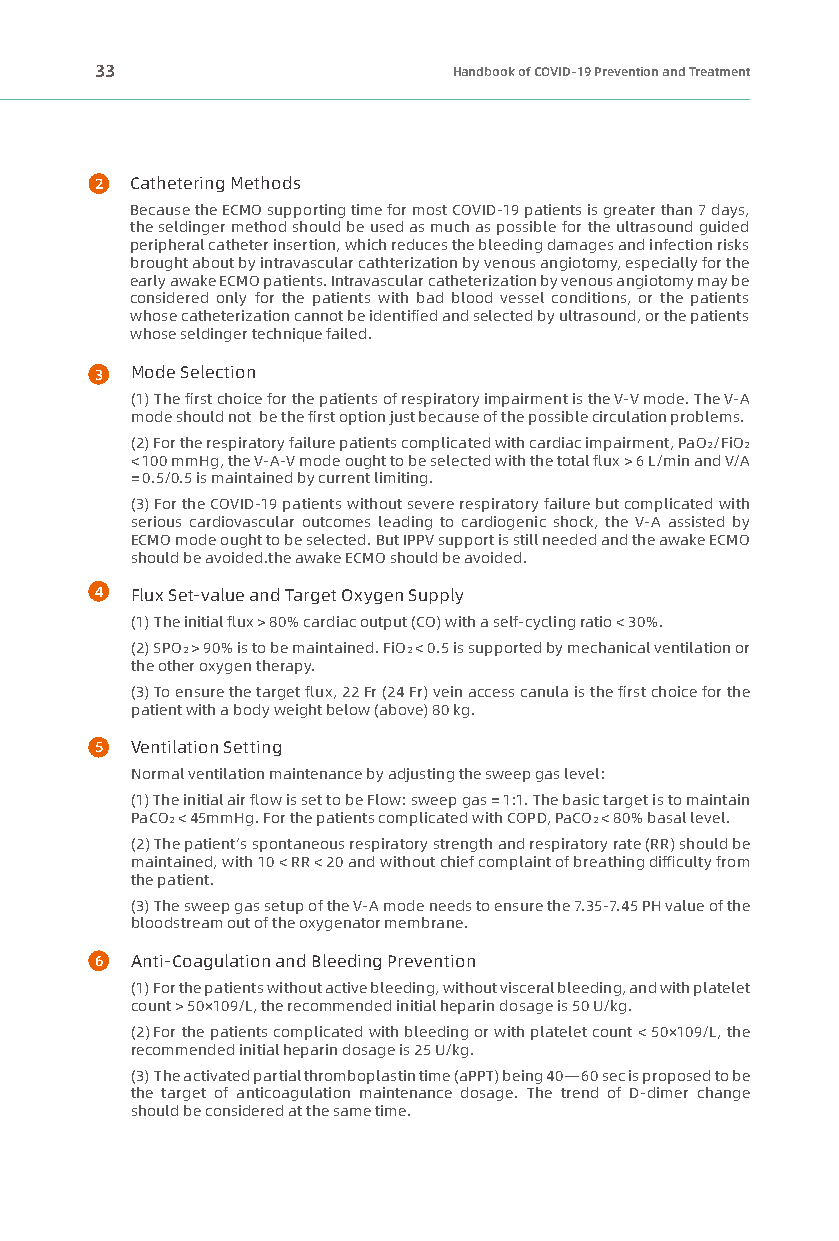
33                      Handbook of COVID-19 Prevention and Treatment
 2  Cathetering Methods
 Because the ECMO supporting time for most COVID-19 patients is greater than 7 days,
 the seldinger method should be used as much as possible for the ultrasound guided
 peripheral catheter insertion, which reduces the bleeding damages and infection risks
 brought about by intravascular cathterization by venous angiotomy, especially for the
 early awake ECMO patients. Intravascular catheterization by venous angiotomy may be
 considered only for the patients with bad blood vessel conditions, or the patients
 whose catheterization cannot be identified and selected by ultrasound, or the patients
 whose seldinger technique failed.
 3  Mode Selection
 (1) The first choice for the patients of respiratory impairment is the V-V mode. The V-A
 mode should not be the first option just because of the possible circulation problems.
 (2) For the respiratory failure patients complicated with cardiac impairment, PaO2/FiO2
 < 100 mmHg, the V-A-V mode ought to be selected with the total flux > 6 L/min and V/A
 = 0.5/0.5 is maintained by current limiting.
 (3) For the COVID-19 patients without severe respiratory failure but complicated with
 serious cardiovascular outcomes leading to cardiogenic shock, the V-A assisted by
 ECMO mode ought to be selected. But IPPV support is still needed and the awake ECMO
 should be avoided.the awake ECMO should be avoided.
 4  Flux Set-value and Target Oxygen Supply
 (1) The initial flux > 80% cardiac output (CO) with a self-cycling ratio < 30%.
 (2) SPO2 > 90% is to be maintained. FiO2 < 0.5 is supported by mechanical ventilation or
 the other oxygen therapy.
 (3) To ensure the target flux, 22 Fr (24 Fr) vein access canula is the first choice for the
 patient with a body weight below (above) 80 kg.
 5  Ventilation Setting
 Normal ventilation maintenance by adjusting the sweep gas level：
 (1) The initial air flow is set to be Flow: sweep gas = 1:1. The basic target is to maintain
 PaCO2 < 45mmHg. For the patients complicated with COPD, PaCO2 < 80% basal level.
 (2) The patient’s spontaneous respiratory strength and respiratory rate (RR) should be
 maintained, with 10 < RR < 20 and without chief complaint of breathing difficulty from
 the patient.
 (3) The sweep gas setup of the V-A mode needs to ensure the 7.35-7.45 PH value of the
 bloodstream out of the oxygenator membrane.
 6  Anti-Coagulation and Bleeding Prevention
 (1) For the patients without active bleeding, without visceral bleeding, and with platelet
 count > 50×109/L, the recommended initial heparin dosage is 50 U/kg.
 (2) For the patients complicated with bleeding or with platelet count < 50×109/L, the
 recommended initial heparin dosage is 25 U/kg.
 (3) The activated partial thromboplastin time (aPPT) being 40—60 sec is proposed to be
 the target of anticoagulation maintenance dosage. The trend of D-dimer change
 should be considered at the same time.